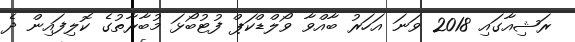
ރަޝިއާގައި 2018 ވަނަ އަހަރު ބާއްވާ ވޯލްޑްކަޕް ފުޓުބޯޅަ މުބާރާތުގެ ކޮލިފައިން ދެ